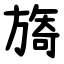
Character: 旖